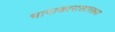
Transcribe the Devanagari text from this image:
भागाकारासारख्या